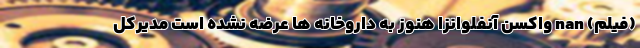
(فیلم) nan واکسن آنفلوانزا هنوز به داروخانه ها عرضه نشده است مدیرکل